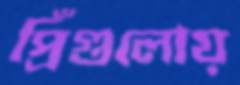
প্রিঁগুলোয়